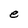
Character: e